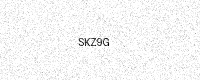
Text: SKZ9G